Lunatic asylums Central Provinces reports 1874-1885 - 1874-1885
Year: 1874
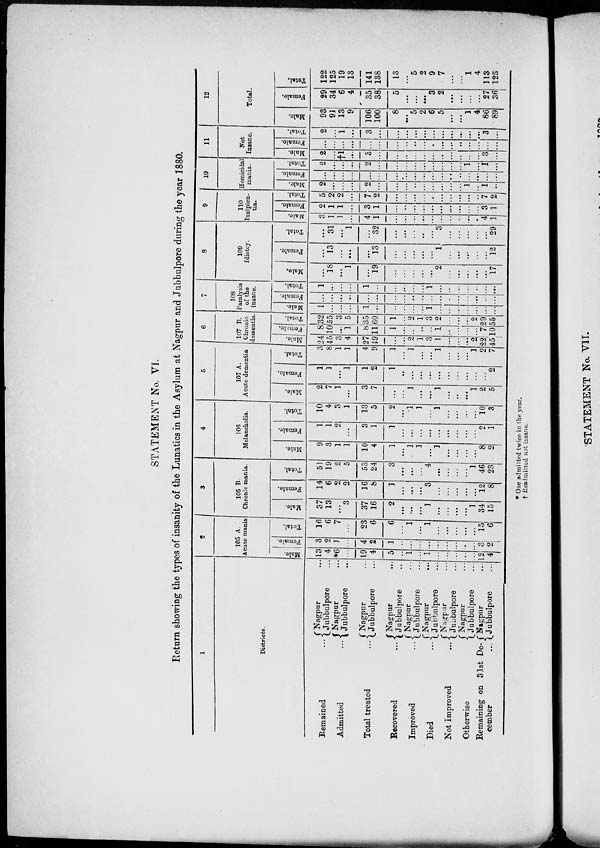
STATEMENT No. VI.
Return showing the types of insanity of the Lunatics in the Asylum at Nagpur and Jubbulpore during the year 1880.
1
Districts.
Remained
...
Admitted ...
Total treated ...
Recovered
...
Improved
...
Died
...
Not Improved
...
Otherwise ...
Remaining on 31st De¬
cember
...
Nagpur ...
Jubbulpore ...
Nagpur ...
Jubbulpore ...
Nagpur ...
Jubbulpore ...
Nagpur ...
Jubbulpore ...
Nagpur ...
Jubbulpore ...
Nagpur ...
Jubbulpore ...
Nagpur ...
Jubbulpore ...
Nagpur ...
Jubbulpore ...
Nagpur ...
Jubbulpore ...
2
105 A.
Acute mania
Male.
13
4
*6
...
19
4
5
...
1
...
1
...
...
...
...
...
12
4
Female.
3
2
1
...
4
2
1
...
...
...
...
...
...
...
...
...
3
2
Total.
16
6
7
...
23
6
6
...
1
...
1
...
...
...
...
...
15
6
3
105 B.
Chronic mania.
Male.
37
13
...
3
37
16
2
...
...
...
1
...
...
...
...
1
34
15
Female.
14
6
2
2
16
8
1
...
...
...
3
...
...
...
...
...
12
8
Total.
51
19
2
5
53
24
3
...
...
...
4
...
...
...
...
1
46
23
4
106
Melancholia.
Male.
9
3
1
1
10
4
1
...
1
1
...
1
...
...
...
...
8
2
Female.
1
1
2
...
3
1
1
...
...
...
...
...
...
...
...
...
2
1
Total.
10
4
3
1
13
5
2
...
1
1
...
1
...
...
...
...
10
3
5
107 A.
Acute dementia
Male.
2
7
1
...
3
7
...
...
1
...
...
1
...
...
...
1
2
5
Female.
1
1
...
1
1
2
1
...
...
...
...
...
...
...
...
...
...
2
Total.
3
8
1
1
4
9
1
...
1
...
...
1
...
...
...
1
2
7
6
107 B.
Chronic
dementia.
Male.
24
45
3
4
27
49
...
...
2
1
3
1
...
...
...
2
22
45
Female.
8
10
...
1
8
11
1
...
...
...
...
1
...
...
...
...
7
10
Total.
32
55
3
5
35
60
1
...
2
1
3
2
...
...
...
2
29
55
7
108
Paralysis
of the
insane.
Male.
1
...
...
...
1
...
...
...
...
...
1
...
...
...
...
...
...
...
Female.
...
...
...
...
...
...
...
...
...
...
...
...
...
...
...
...
...
...
Total.
1
...
...
...
1
...
...
...
...
...
1
...
...
...
...
...
...
...
8
109
Idiotcy.
Male.
...
18
...
1
...
19
...
...
...
...
...
2
...
...
...
...
...
17
Female.
...
13
...
...
...
13
...
...
...
...
...
1
...
...
...
...
...
12
Total.
...
31
...
1
...
32
...
...
...
...
...
3
...
...
...
...
...
29
9
110
Insipien¬
tia.
Male.
3
1
1
...
4
1
...
...
...
...
...
...
...
...
...
...
4
1
Female.
2
1
1
...
3
1
...
...
...
...
...
...
...
...
...
...
3
1
Total.
5
2
2
...
7
2
...
...
...
...
...
...
...
...
...
...
7
2
10
Homicidal
mania.
Male.
2
...
...
...
2 ...
...
...
...
...
...
...
...
...
1
...
1
...
Female.
...
...
...
...
...
...
...
...
...
...
...
...
...
...
...
...
...
...
Total.
2
...
...
...
2
...
...
...
...
...
...
...
...
...
1
...
1
...
11
Not
Insane.
Male.
2
...
†1
...
3
...
...
...
...
...
...
...
...
...
...
...
3
...
Female.
...
...
...
...
...
...
...
...
...
...
...
...
...
...
...
...
...
...
Total.
2
...
1
...
3
...
...
...
...
...
...
...
...
...
...
...
3
...
12
Total.
Male.
93
91
13
9
106
100
8
...
5
2
6
5
...
...
1
4
86
89
Female.
29
34
6
4
35
38
5
...
...
...
3
2
...
...
...
...
27
36
Total.
122
125
19
13
141
138
13
...
5
2
9
7
...
...
1
4
113
125
* One admitted twice in the year.
† Readmitted not insane.